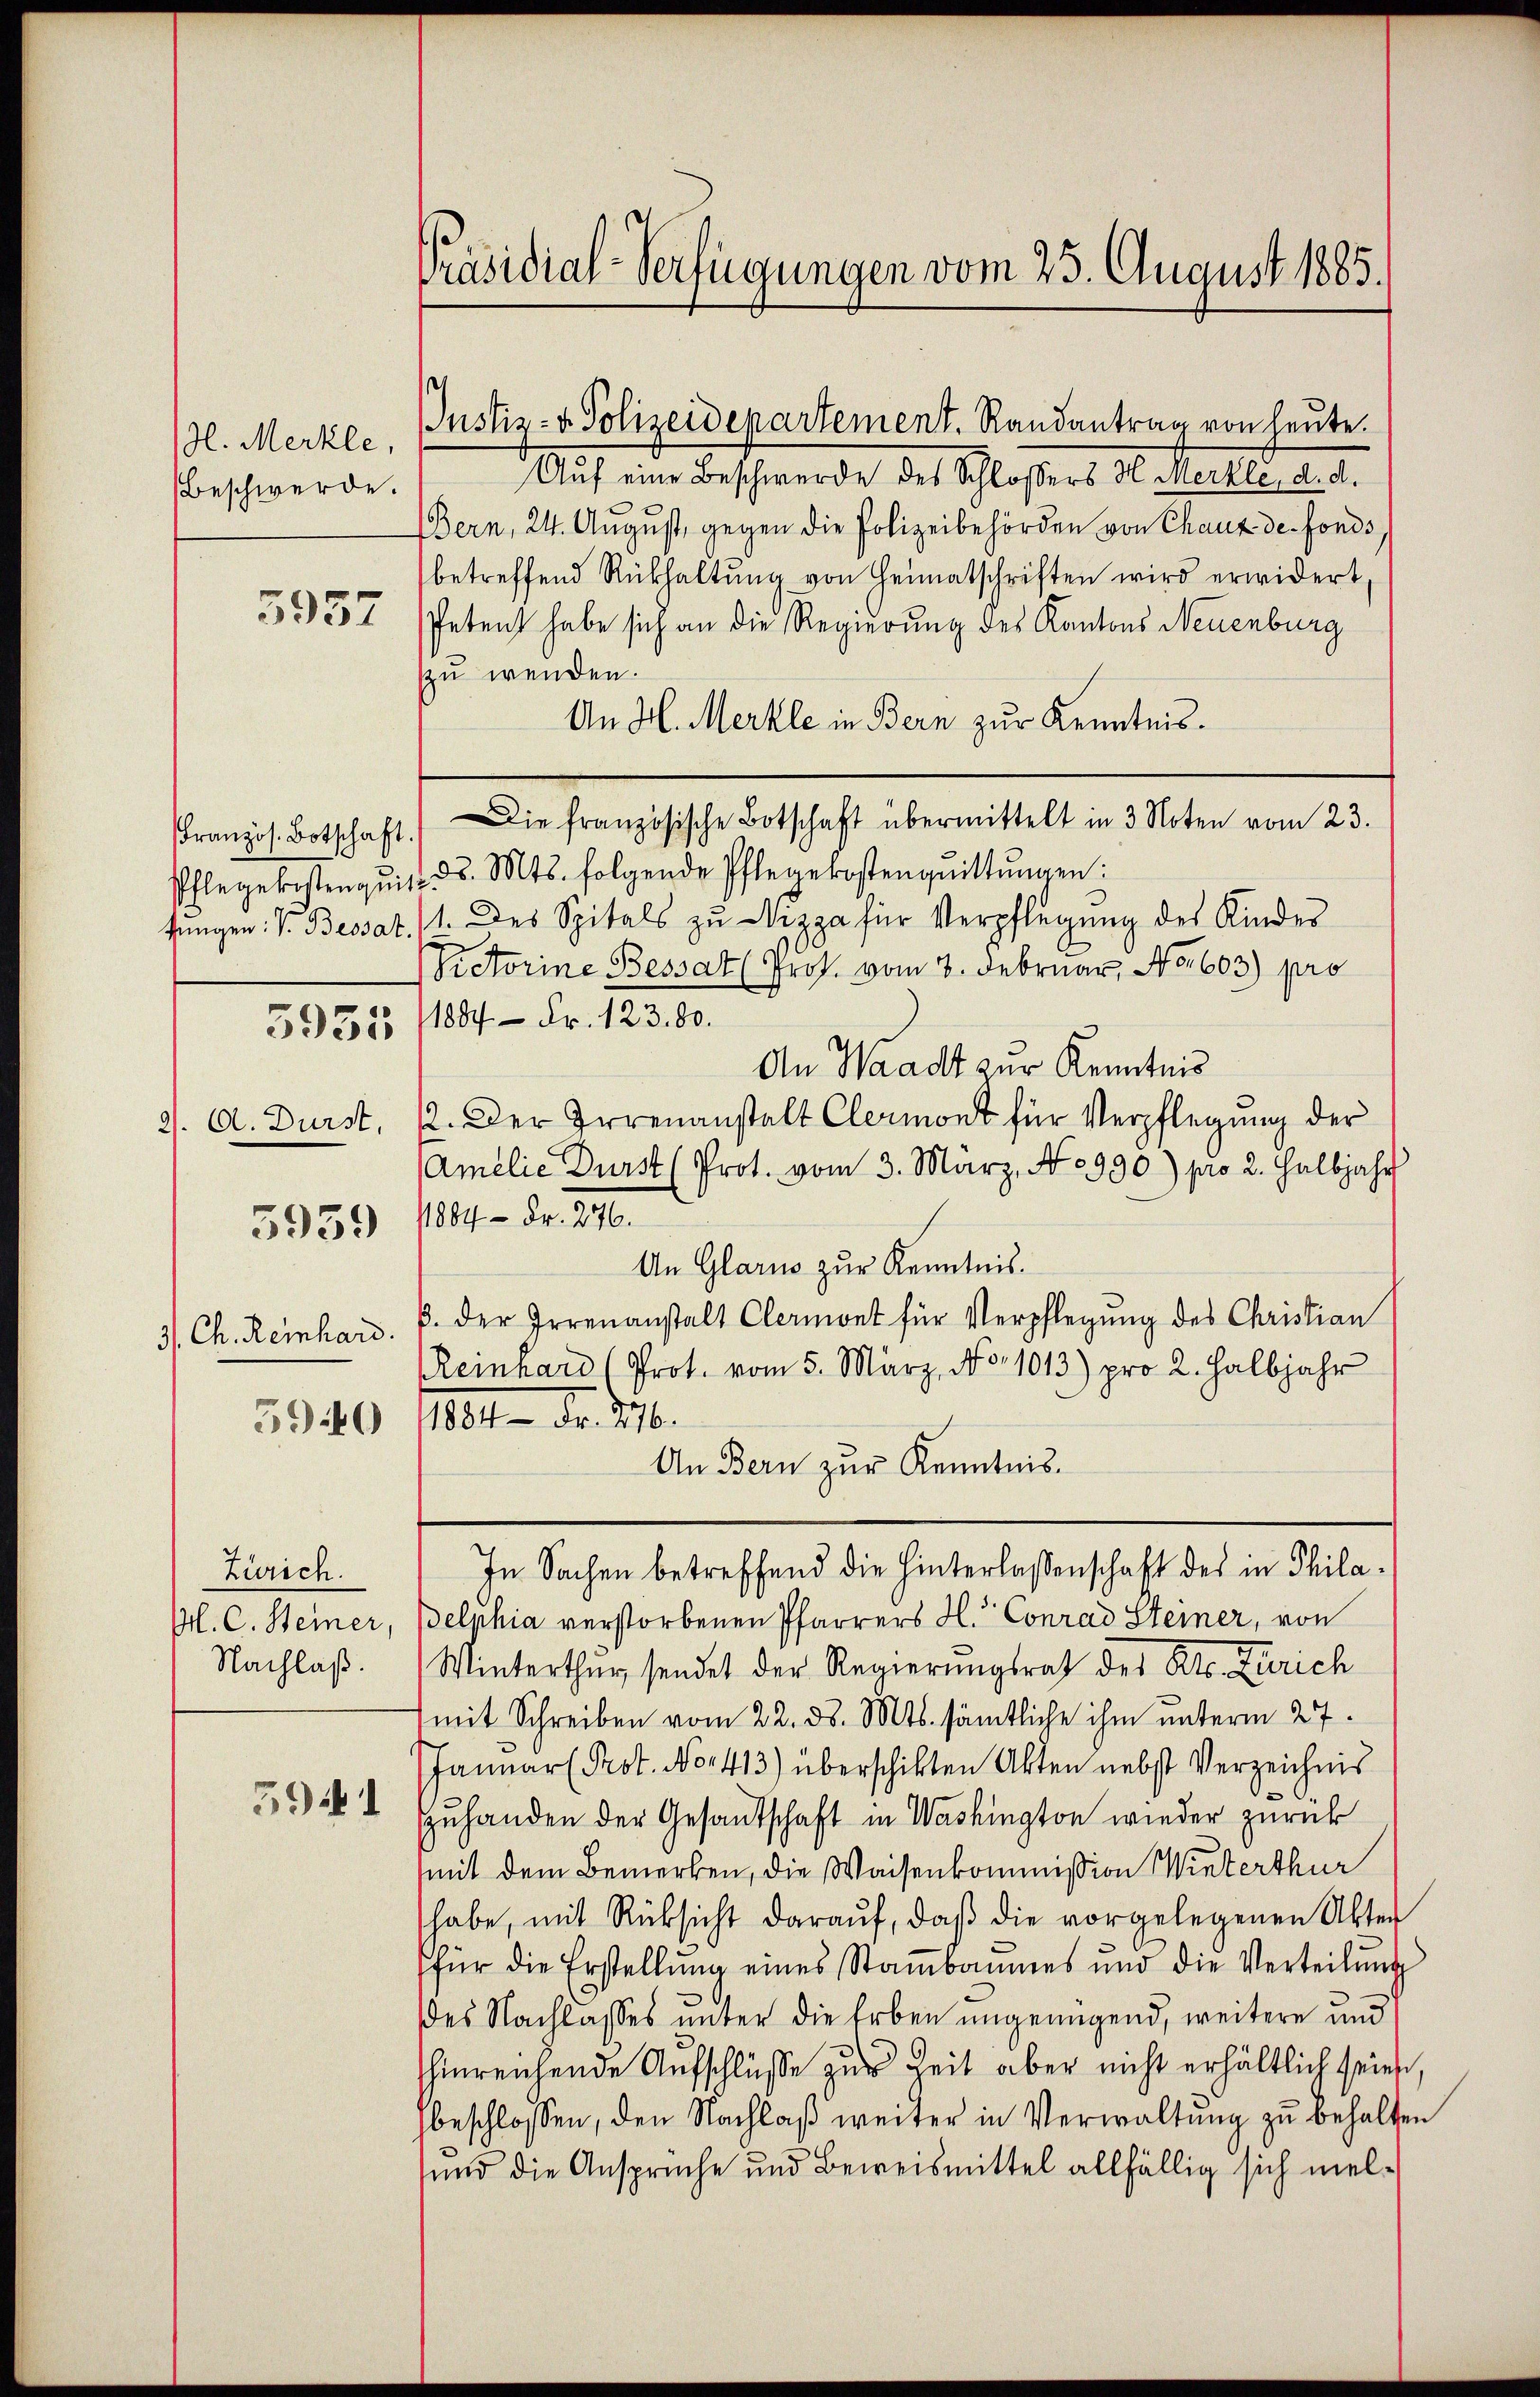
(l. Merkle,
Beschwerde.

3957

Kranzös. Botschaft.
Pflegekosten qui
fungen: V. Bessat

3951

9). A. Durst,

3939

3. Ch. Reinhard.

5940

Zürich.
Pl. C. Steiner,
Nachlaß.

391

Präsidial-Verfügungen vom 25. August 1885.

Justiz- & Polizeidepartement. Randantrag von heute.
Auf eine Beschwerde des Schlossers Hemerkle, d. d.
Bern, 24. August, gegen die Polizeibehörden von Chaux de fonds
betreffend Rükhaltŭng von Heimatschriften wird erwidert,
Petent habe sich an die Regierung des Kantons Neuenburg
zu wenden.
An H. Merkle in Bern zur Kenntnis.
Die französische Botschaft übermittelt in 3 Noten vom 23.
d. Mts. folgende Pflegekostenquittŭngen:
1. Des Spitals zu Nizza für Verpflegung des Kinder
s
Victorine Bessat (Prok. vom 8. Februar, No. 603) pro
1884 Fr. 123. 80.
An Waadt zur Kenntnis
2. Der Irrenanstalt Clermont für Verpflegung der
Amilie Durst (Prot. vom 3. März, No 990.) pro 2. Halbjahr
11884 Fr. 276.
An Glarus zur Kenntnis.
. der Irrenanstalt Clermont für Verpflegung des Christian
Reinhards Prot. vom 5. März, No 1013) pro 2. halbjahr
1801. d. M.
An Bern zur Kenntnis.
In Sachen betreffend die Hinterlassenschaft des in Philadelphia verstorbenen Pfarrers H. Conrad Steiner, von
Winterthur sendet der Regierungsrath des Kts. Zürich
mit Schreiben vom 22. ds. Mts. sämtliche ihm unterm 27.
Januar Prot. No 1413) überschikten Akten nebst Verzeichnis
Zuhanden der Gesandtschaft in Washington wieder zurück
mit dem Bemerken, die Waisenkommißion Winterthur
habe, mit Rücksicht darauf, daß die vorgelegenen Akten
für die Erstellung eines Stambaumes und die Verteilŭng
des Nachlasses unter die Erben ungenügend, weitere und
hinreichende Aufschlüsse zur Zeit aber nicht erhältlich seien,
beschlossen, den Nachlaß weiter in Verwaltung zu behalten
sund die Ansprüche und Beweismittel allfällig sich mel¬